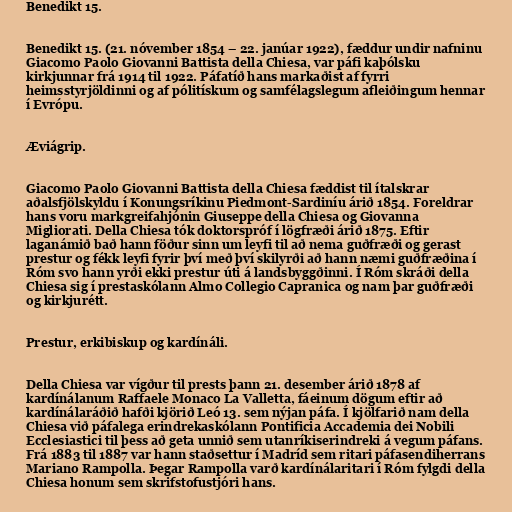
Benedikt 15.

Benedikt 15. (21. nóvember 1854 – 22. janúar 1922), fæddur undir nafninu
Giacomo Paolo Giovanni Battista della Chiesa, var páfi kaþólsku
kirkjunnar frá 1914 til 1922. Páfatíð hans markaðist af fyrri
heimsstyrjöldinni og af pólitískum og samfélagslegum afleiðingum hennar
í Evrópu.

Æviágrip.

Giacomo Paolo Giovanni Battista della Chiesa fæddist til ítalskrar
aðalsfjölskyldu í Konungsríkinu Piedmont-Sardiníu árið 1854. Foreldrar
hans voru markgreifahjónin Giuseppe della Chiesa og Giovanna
Migliorati. Della Chiesa tók doktorspróf í lögfræði árið 1875. Eftir
laganámið bað hann föður sinn um leyfi til að nema guðfræði og gerast
prestur og fékk leyfi fyrir því með því skilyrði að hann næmi guðfræðina í
Róm svo hann yrði ekki prestur úti á landsbyggðinni. Í Róm skráði della
Chiesa sig í prestaskólann Almo Collegio Capranica og nam þar guðfræði
og kirkjurétt.

Prestur, erkibiskup og kardínáli.

Della Chiesa var vígður til prests þann 21. desember árið 1878 af
kardínálanum Raffaele Monaco La Valletta, fáeinum dögum eftir að
kardínálaráðið hafði kjörið Leó 13. sem nýjan páfa. Í kjölfarið nam della
Chiesa við páfalega erindrekaskólann Pontificia Accademia dei Nobili
Ecclesiastici til þess að geta unnið sem utanríkiserindreki á vegum páfans.
Frá 1883 til 1887 var hann staðsettur í Madríd sem ritari páfasendiherrans
Mariano Rampolla. Þegar Rampolla varð kardínálaritari í Róm fylgdi della
Chiesa honum sem skrifstofustjóri hans.